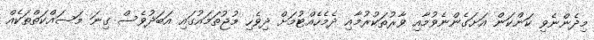
މިދެންނެވި ކަންކަން އަށަގެންނެވުމާއި ވާރުތަކުރުމާއި ދެމެހެއްޓުމަށް ދިވެހި މުޖުތަމައުގައި އަބަދުވެސް ގިނަ މަސައްކަތްތަކެއް